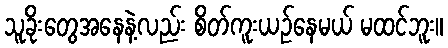
သူခိုးတွေအနေနဲ့လည်း စိတ်ကူးယဉ်နေမယ် မထင်ဘူး။